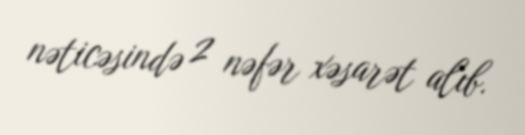
nəticəsində 2 nəfər xəsarət alıb.